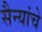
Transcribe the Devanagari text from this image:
सैन्यांचे